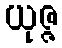
ယုဇ္ဇ